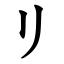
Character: リ